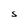
Character: S